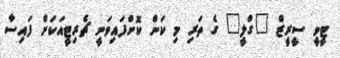
ޓީވީ ސީރީޒް "ގްލީ" ގެ ތަރި މި ކަން ކޮށްފައިވަނީ ޗެރިޓީއަކަށް ފައިސާ